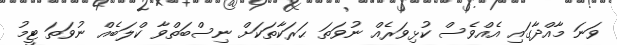
ވަނަ މާއްދާގައި އެއްވެސް ކުޅިވަރެއް ނުވަތަ ޙަރަކާތަކަށް ނިސްބަތްވާ ކްލަބެއް ނުވަތަ ޓީމު